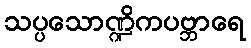
သပ္ပသောဏ္ဍိကပဗ္ဘာရေ